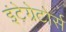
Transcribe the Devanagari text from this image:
इंटेग्रेटोर्स